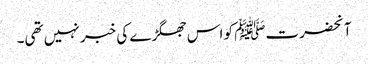
آنحضرتﷺ کو اس جھگڑے کی خبر نہیں تھی۔